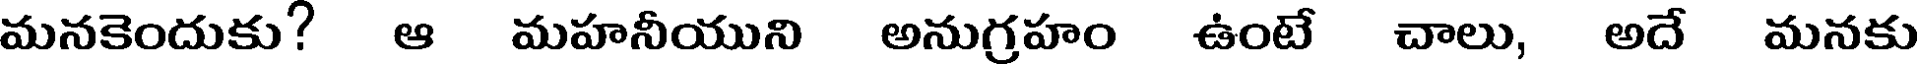
మనకెందుకు? ఆ మహనీయుని అనుగ్రహం ఉంటే చాలు, అదే మనకు